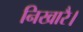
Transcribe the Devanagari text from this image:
निखारै।